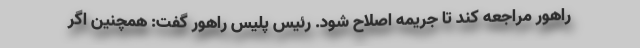
راهور مراجعه کند تا جریمه اصلاح شود. رئیس پلیس راهور گفت: همچنین اگر